Vaccination report Assam 1874-1896 - 1874-1896
Year: 1874
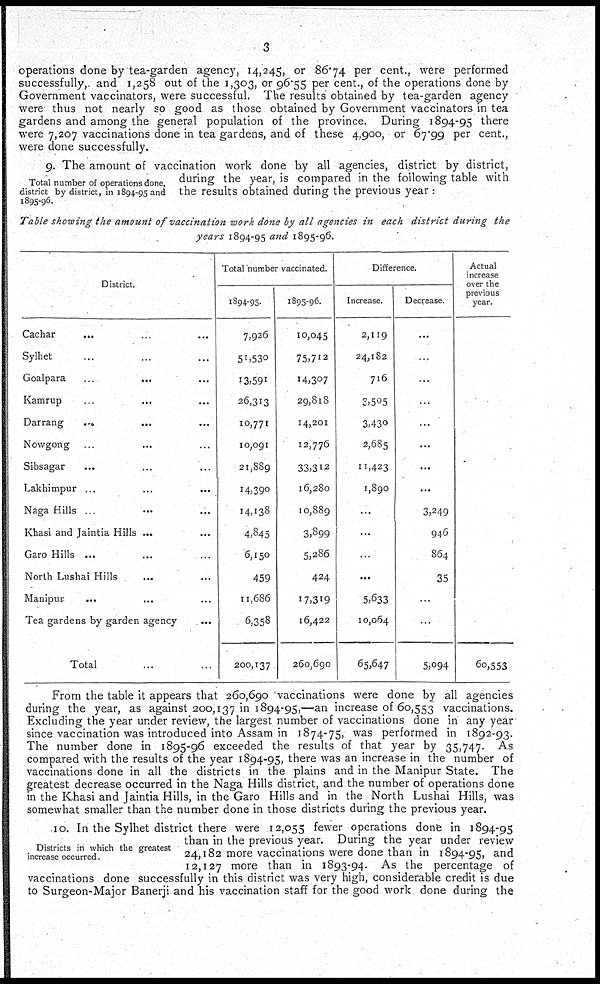
3
operations done by tea-garden agency, 14,245, or 86.74 per cent., were performed
successfully, and 1,258 out of the 1,303, or 96.55 per cent., of the operations done by
Government vaccinators, were successful. The results obtained by tea-garden agency
were thus not nearly so good as those obtained by Government vaccinators in tea
gardens and among the general population of the province. During 1894-95 there
were 7,207 vaccinations done in tea gardens, and of these 4,900, or 67.99 per cent.,
were done successfully.
Total number of operations done,
district by district, in 1894-95 and
1895-96.
9. The amount of vaccination work done by all agencies, district by district,
during the year, is compared in the following table with
the results obtained during the previous year :
Table showing the amount of vaccination work done by all agencies in each district during the
years 1894-95 and 1895-96.
District.
Cachar ... ... ...
Sylhet ... ... ...
Goalpara
...
...
Kamrup ... ... ...
Darrang ... ... ...
Nowgong ... ... ...
Sibsagar ... ... ...
Lakhimpur ... ... ...
Naga Hills ... ... ...
Khasi and Jaintia Hills ... ... ...
Garo Hills ... ... ...
North Lushai Hills ... ...
Manipur
...
... ...
Tea gardens by garden agency ...
Total ... ...
Total number vaccinated.
1894-95.
7,926
51,530
13,591
26,313
10,771
10,091
21,889
14,390
14,138
4,845
6,150
459
11,686
6,358
200,137
1895-96.
10,045
75,712
14,307
29,818
14,201
12,776
33,312
16,280
10,889
3,899
5,286
424
17,319
16,422
260,690
Difference.
Increase.
2,119
24,182
716
3,505
3,430
2,685
11,423
1,890
...
...
...
...
5,633
10,064
65,647
Decrease.
...
...
...
...
...
...
...
...
3,249
946
864
35
...
...
5,094
Actual
increase
over the
previous
year.
60,553
From the table it appears that 260,690 vaccinations were done by all agencies
during the year, as against 200,137 in 1894-95,—an increase of 60,553 vaccinations.
Excluding the year under review, the largest number of vaccinations done in any year
since vaccination was introduced into Assam in 1874-75, was performed in 1892-93.
The number done in 1895-96 exceeded the results of that year by 35,747. As
compared with the results of the year 1894-95, there was an increase in the number of
vaccinations done in all the districts in the plains and in the Manipur State. The
greatest decrease occurred in the Naga Hills district, and the number of operations done
in the Khasi and Jaintia Hills, in the Garo Hills and in the North Lushai Hills, was
somewhat smaller than the number done in those districts during the previous year.
Districts in which the greatest
increase occurred.
10. In the Sylhet district there were 12,055 fewer operations done in 1894-95
than in the previous year. During the year under review
24,182 more vaccinations were done than in 1894-95, and
12,127 more than in 1893-94. As the percentage of
vaccinations done successfully in this district was very high, considerable credit is due
to Surgeon-Major Banerji and his vaccination staff for the good work done during the